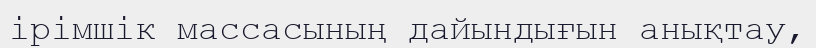
ірімшік массасының дайындығын анықтау,